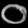
Digit: ၀